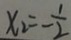
x _ { 2 } = - \frac { 1 } { 2 }